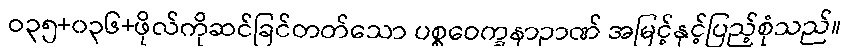
ဝ၃၅+၀၃၆+ဖိုလ်ကိုဆင်ခြင်တတ်သော ပစ္စဝေက္ခနာဉာဏ် အမြင့်နှင့်ပြည့်စုံသည်။